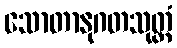
သောတာနုဂတသုတ္တံ